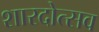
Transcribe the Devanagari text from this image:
शारदोत्सव